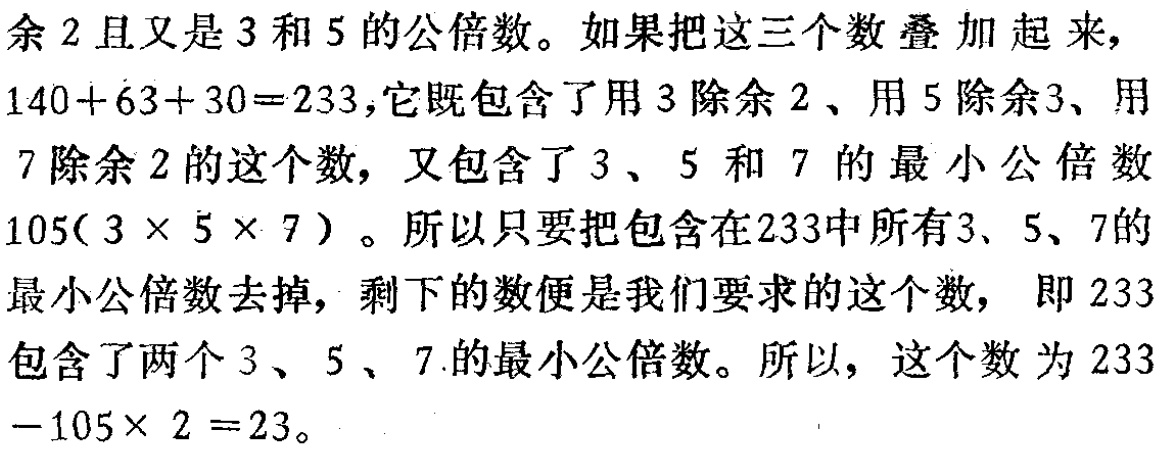
余2且又是3和5的公倍数。如果把这三个数叠加起来，\(140 + 63+30 = 233\)，它既包含了用3除余2、用5除余3、用7除余2的这个数，又包含了3、5和7的最小公倍数\(105(3\times5\times7)\)。所以只要把包含在233中所有3、5、7的最小公倍数去掉，剩下的数便是我们要求的这个数，即233包含了两个3、5、7的最小公倍数。所以，这个数为\(233-105\times2 = 23\)。